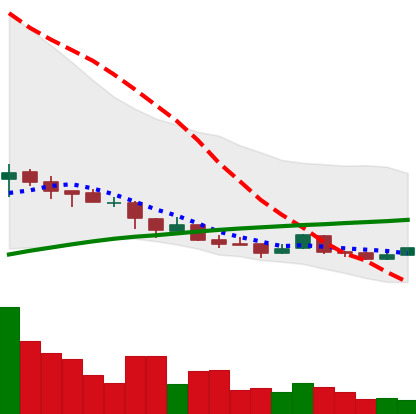
Ticker: NEO-USD
Chart end date: 2018-04-08
Forward return: 26.464%
Label: up_7plus